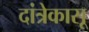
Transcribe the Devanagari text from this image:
दांत्रेकासू